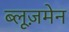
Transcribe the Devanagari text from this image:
ब्लूज़मेन